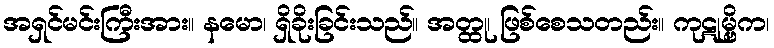
အရှင်မင်းကြီးအား။ နမော၊ ရှိခိုးခြင်းသည်။ အတ္ထု၊ ဖြစ်စေသတည်း။ ကုဋုမ္ဗိက၊